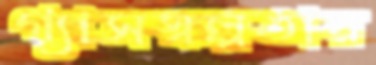
গ্যাসস্বল্পতার